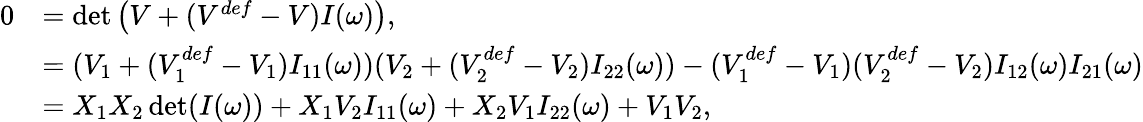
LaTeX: \begin{array}{rl}{0}&{=\operatorname*{det}\left(V+(V^{def}-V)I(\omega)\right),}\\ &{=(V_{1}+(V_{1}^{def}-V_{1})I_{11}(\omega))(V_{2}+(V_{2}^{def}-V_{2})I_{22}(\omega))-(V_{1}^{def}-V_{1})(V_{2}^{def}-V_{2})I_{12}(\omega)I_{21}(\omega)}\\ &{=X_{1}X_{2}\operatorname*{det}(I(\omega))+X_{1}V_{2}I_{11}(\omega)+X_{2}V_{1}I_{22}(\omega)+V_{1}V_{2},}\end{array}